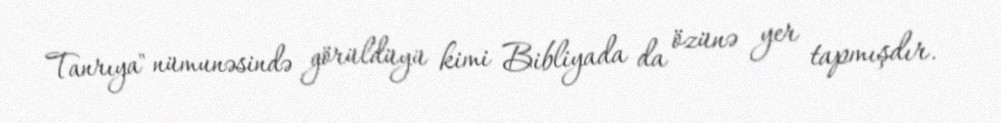
Tanrıya" nümunəsində görüldüyü kimi Bibliyada da özünə yer tapmışdır.